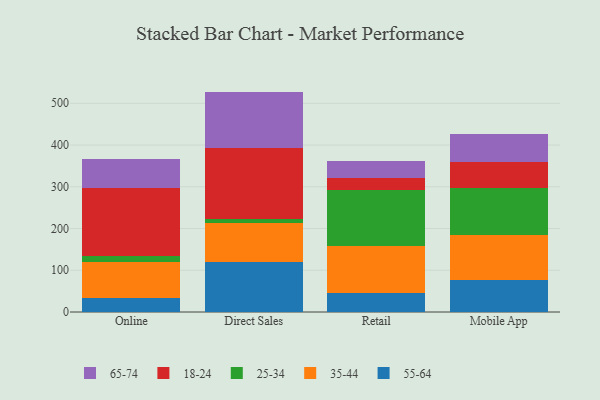
{"axis": {"x": "Channel", "y": "Production Output"}, "legend": ["18-24", "25-34", "35-44", "55-64", "65-74"], "data": [{"x": "Online", "y": 33.5, "type": "55-64"}, {"x": "Online", "y": 86.7, "type": "35-44"}, {"x": "Online", "y": 14.0, "type": "25-34"}, {"x": "Online", "y": 161.7, "type": "18-24"}, {"x": "Online", "y": 71.7, "type": "65-74"}, {"x": "Direct Sales", "y": 119.5, "type": "55-64"}, {"x": "Direct Sales", "y": 93.8, "type": "35-44"}, {"x": "Direct Sales", "y": 10.4, "type": "25-34"}, {"x": "Direct Sales", "y": 169.1, "type": "18-24"}, {"x": "Direct Sales", "y": 135.2, "type": "65-74"}, {"x": "Retail", "y": 46.6, "type": "55-64"}, {"x": "Retail", "y": 111.8, "type": "35-44"}, {"x": "Retail", "y": 132.9, "type": "25-34"}, {"x": "Retail", "y": 30.3, "type": "18-24"}, {"x": "Retail", "y": 39.1, "type": "65-74"}, {"x": "Mobile App", "y": 77.6, "type": "55-64"}, {"x": "Mobile App", "y": 106.8, "type": "35-44"}, {"x": "Mobile App", "y": 113.8, "type": "25-34"}, {"x": "Mobile App", "y": 60.7, "type": "18-24"}, {"x": "Mobile App", "y": 68.5, "type": "65-74"}]}